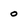
Character: o